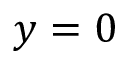
y = 0